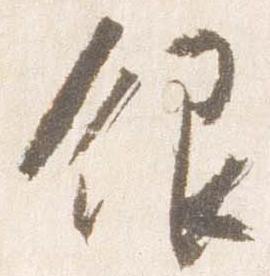
銀